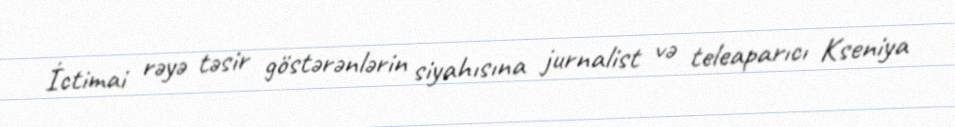
İctimai rəyə təsir göstərənlərin siyahısına jurnalist və teleaparıcı Kseniya